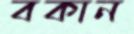
বকান